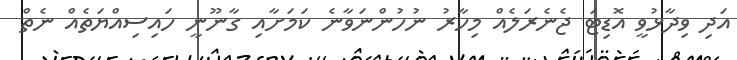
އަދި ވިދާޅުވީ އޮޑިޓަ ޖެނެރަލެއް މިހާރު ނުހުންނަވާނެ ކަމަށާއި ގާނޫނީ ހައިސިއްޔަތެއް ނެތް